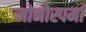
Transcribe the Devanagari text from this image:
मोनोस्पर्मा